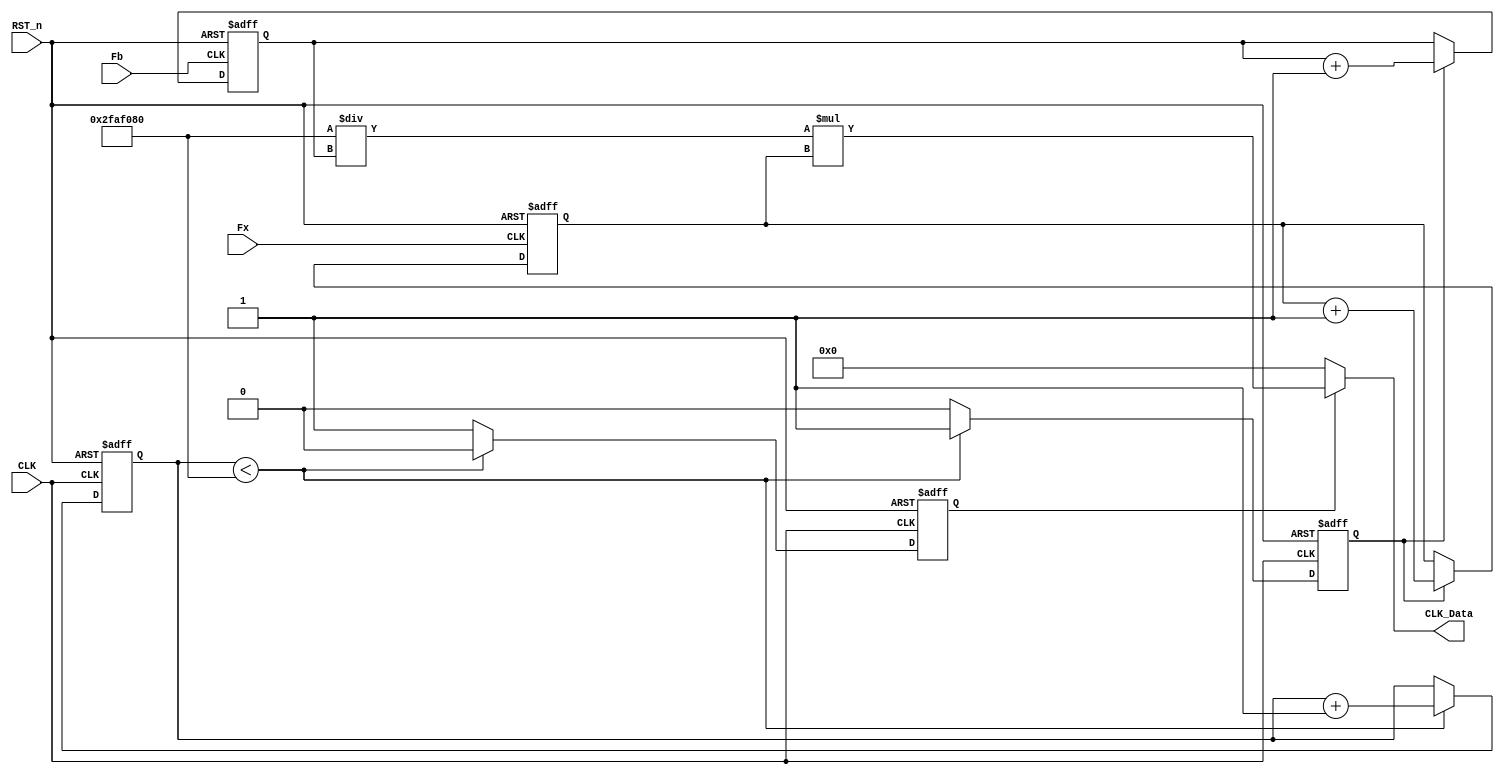
module Frequency_Control(
						input				CLK,		//ʱ
						input				RST_n,		//ϵͳλź	
						
						input				Fb,			//׼Դ50M Hz
						input				Fx,			//źƵ	
						//Fxؼ⣬ʵFxͬӶ֤2ԱźŸպΪ,0
						
							
						output		[29:0]	CLK_Data	//LCD 1602 
						);								//999999999=27'h5f5e0ff
//reg			EN;			//ſźţͨDʱӴﵽͬ
reg			Finish;		//The Measure of the frequency is finished 
reg	[31:0]	cnt_Fb;		//׼Դ	Fb 	
reg	[31:0]	cnt_Fx;		//ź	Fx	

assign	CLK_Data = Finish ? (27'd50_000000/cnt_Fb * cnt_Fx) : 0;
//Frequency	=	(cnt_Fx * CLK) / cnt_Fb

//ȾƵʼſź
//GateĿTcͷʱ䶼ֱӰʹźENENڱźfxظı䣬
//Ӷ֤˱źűnTx뱻źŵƵ޹
//always@(posedge Fx or negedge RST_n)		//DʵֶԱźfxؼ⣬ʵſźfxͬ
//begin									//Ӷ֤2ԱźżպΪڣ
//	if(!RST_n)
//		EN <= 0;
//	else								//ڱźfbصt2ʱDQ˲ű1
//		EN <= Gate;						//ʹ1ͼ2ENͬʱΪ1ʼϵͳڡ
//end

//Fb ׼Դģ
always@(posedge Fb or negedge RST_n)		
begin
	if(!RST_n)
		cnt_Fb <= 0;
	else
		begin
		if(flag_1s==1'b1)//if(EN==1'b1)
			cnt_Fb <= cnt_Fb+1'b1;
		else
			cnt_Fb <= cnt_Fb;	//Locked		
		end
end

//FX źżģ
always@(posedge Fx or negedge RST_n)		
begin
	if(!RST_n)
		cnt_Fx <= 0;
	else
		begin
		if(flag_1s==1'b1)//if(EN==1'b1)
			cnt_Fx <= cnt_Fx+1'b1;
		else
			cnt_Fx <= cnt_Fx;	//Locked		
		end
end

reg	[26:0]	cnt_1s;		
reg			flag_1s;
always@(posedge CLK or negedge RST_n)
begin
	if(!RST_n)
		begin
		cnt_1s <= 0;
		flag_1s <= 0;
		Finish <= 0;
		end
	else
		begin
		if(cnt_1s < 27'd50_000000)	//1s
			begin
			cnt_1s <= cnt_1s+1'b1;
			flag_1s <= 1;
			Finish	<= 0;
			end
		else
			begin
			cnt_1s <= cnt_1s;
			flag_1s <= 0;		//The signal means that it has reach the time of 1S
			Finish <= 1;		//Lock the signal Finish for math calculation
			end
		end
end



endmodule